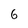
Character: 6